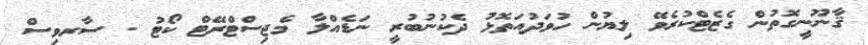
ޤާނޫނީގޮތުން ގެޒެޓްކުރެވޭ ލިޔުން ހުވަދުއަތޮޅު ދެކުނުބުރީ ނަޑެއްލާ މެޖިސްޓްރޭޓް ކޯޓު - ސާރވިސް